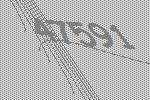
47591